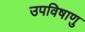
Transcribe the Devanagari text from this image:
उपविषाणु